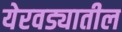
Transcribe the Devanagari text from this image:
येरवड्यातील